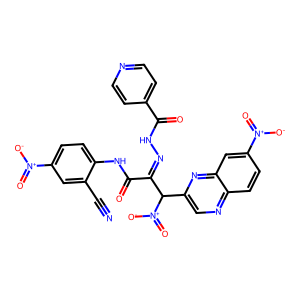
SMILES: N#Cc1cc([N+](=O)[O-])ccc1NC(=O)C(=NNC(=O)c1ccncc1)C(c1cnc2ccc([N+](=O)[O-])cc2n1)[N+](=O)[O-]
Inhibits HIV replication: No